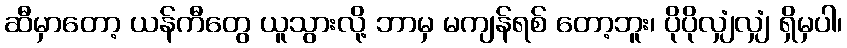
ဆီမှာတော့ ယန်ကီတွေ ယူသွားလို့ ဘာမှ မကျန်ရစ် တော့ဘူး၊ ပိုပိုလျှံလျှံ ရှိမှပါ၊